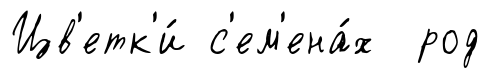
Цв'етк'и́ с'ем'ена́х род